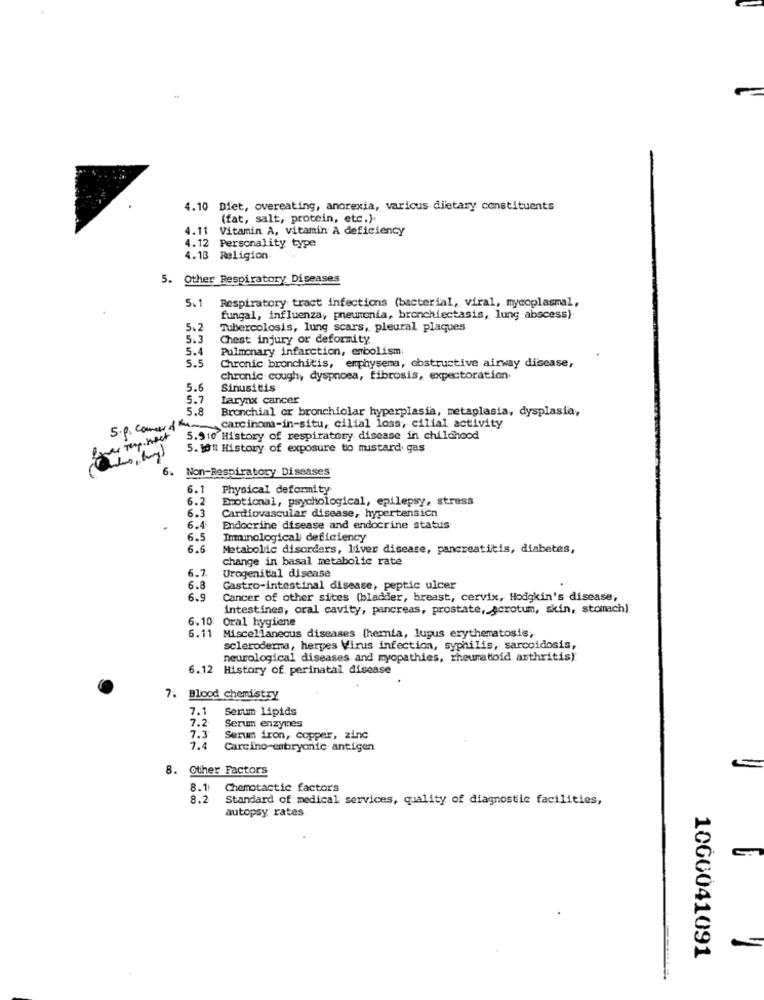
4.10 Diet, overeating, anorexia, varicus dietary constituents
(fat, salt, protein, etc.).
4.11
Vitamin A, vitamin A deficiency
4.12 Personality type
4.13
Religion
5.
Other Respiratory Diseases
5.1
Respiratory tract infections (bacterial, viral, mycoplasmal,
fungal, influenza, pneumonia, bronchiectasis, lung abscess)
5.2
Tubercolosis, lung scars, pleural plaques
5.3
Chest injury or deformity
5.4
Pulmonary infarction, embolism
5.5
Chronic bronchitis, emphysema, obstructive airway disease,
chronic cough, dyspnoea, fibrosis, expectoration
5.6
Sinusitis
5.7
Larynx cancer
5.8
Bronchial or bronchiolar hyperplasia, metaplasia, dysplasia,
5.p. Comard -carcinoma-in-situ, cilial loss, cilial activity
wow rep. heet
5.910 History of respiratory disease in childhood
5. 1ott History of exposure to mustard gas
6. Non-Respiratory Diseases
6.1
Physical deformity
6.2
Emotional, psychological, epilepsy, stress
Cardiovascular disease, hypertension
6.3
6.4
Endocrine disease and endocrine status
6.5
Immunological deficiency
6.6
Metabolic disorders, liver disease, pancreatitis, diabetes,
change in basal metabolic rate
6.7.
Urogenital disease
6.8
Gastro-intestinal disease, peptic ulcer
6.9
Cancer of other sites (bladder, breast, cervix, Hodgkin's disease,
intestines, oral cavity, pancreas, prostate, scrotum, skin, stomach)
6.10:
Oral hygiene
5.11 Miscellaneous diseases (hernia, lupus erythematosis,
scleroderma, herpes Virus infection, syphilis, sarcoidosis,
neurological diseases and myopathies, rheumatoid arthritis).
6.12 History of perinatal disease
7. Blood chemistry
7.1
Serum Lipids
7.2
Serum enzymes
7.3
Serum iron, copper, zinc
7.4
Carcino-embryonic antigen
8. Other Factors
8.1
Chemotactic factors
8.2
Standard of medical services, quality of diagnostic facilities,
autopsy, rates.
1000041091